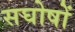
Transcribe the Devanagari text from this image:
सघोषों